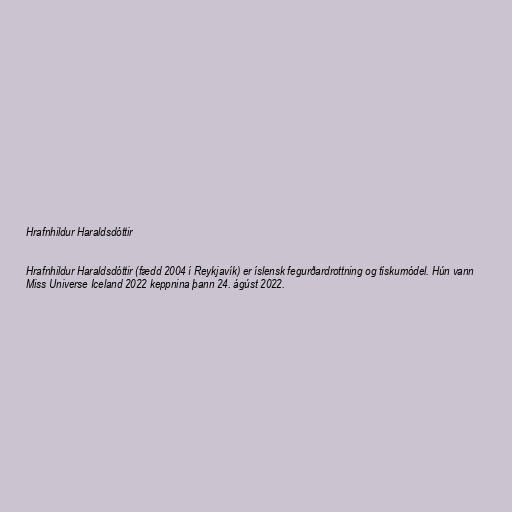
Hrafnhildur Haraldsdóttir

Hrafnhildur Haraldsdóttir (fædd 2004 í Reykjavík) er íslensk fegurðardrottning og tískumódel. Hún vann
Miss Universe Iceland 2022 keppnina þann 24. ágúst 2022.